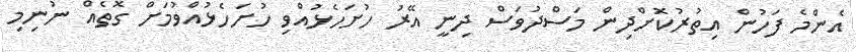
އެންމެ ފަހުން އިތުރުކޮށްދިން މަސްދުވަސް ދިނީ އޭރު ހުށަހެޅުއްވި ހުށަހެޅުއްވުމަށް ގޮތެއް ނުނިމި